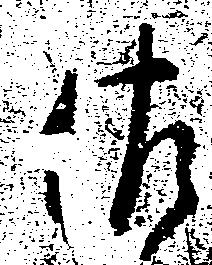
佐